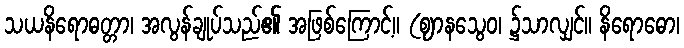
သယနိရောဓတ္တာ၊ အလွန်ချုပ်သည်၏ အဖြစ်ကြောင့်။ (ဈာနသွေဝ၊ ၌သာလျှင်။ နိရောဓော၊